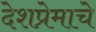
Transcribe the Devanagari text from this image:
देशप्रेमाचे